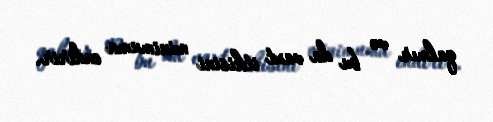
qalmır və bu da vaxt itkisini minimuma endirir.